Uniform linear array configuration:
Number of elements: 4
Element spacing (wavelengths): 0.75
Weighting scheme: cosine
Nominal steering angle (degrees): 0
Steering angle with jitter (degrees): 1.051
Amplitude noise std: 0.05
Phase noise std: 0.05

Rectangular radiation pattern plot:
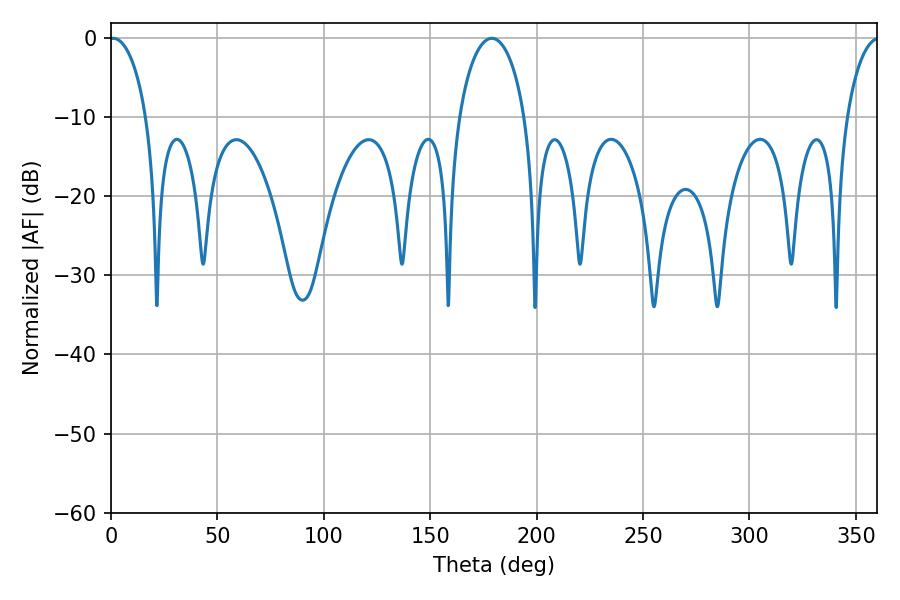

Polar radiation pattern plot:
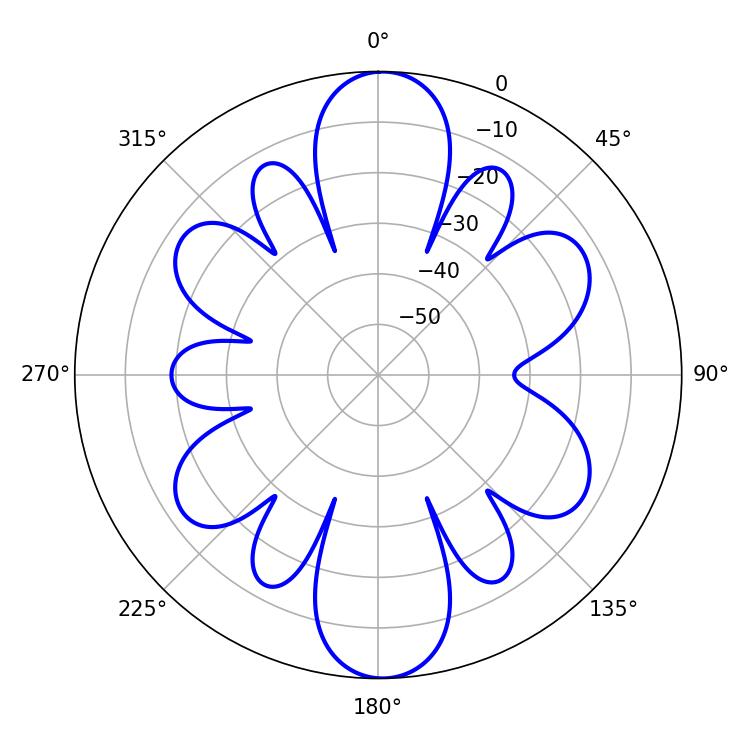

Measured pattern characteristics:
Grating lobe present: TRUE
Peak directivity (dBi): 21.306
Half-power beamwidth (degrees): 9.9
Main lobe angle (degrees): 1.08